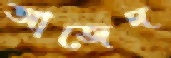
আজেদ